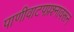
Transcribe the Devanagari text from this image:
पाणीवाटपप्रश्नावरून